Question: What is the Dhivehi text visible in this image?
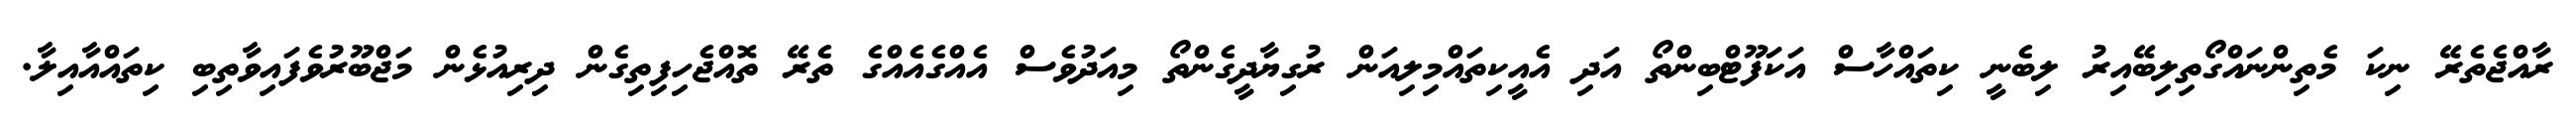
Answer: ރާއްޖެތެރޭ ނިކަ މެތިންނައްގޯތިލިބޭއިރު ލިބެނީ ކިތައްހާސް އަކަފޫޓްބިންތޯ އަދި އެއީކިތައްމިލިއަން ރުގިޔާދީގެންތޯ މިއަދުވެސް އެއްގެއެއްގެ ތެރޭ ތޮއްޖެހިފިތިގެން ދިރިއުޅެން މަޖްބޫރުވެފައިވާތިބި ކިތައްއާއިލާ.